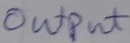
Text: OUTPUT